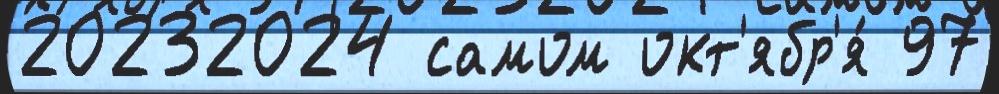
20232024 самом окт'ябр'я́ 97